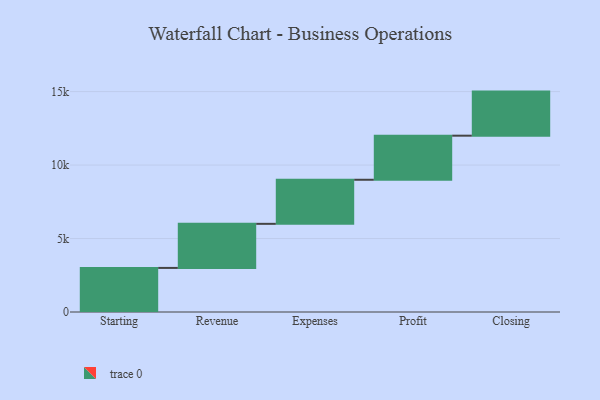
{"axis": {"x": "Step", "y": "Value"}, "legend": [""], "data": [{"x": "Starting", "y": 3000, "type": ""}, {"x": "Revenue", "y": 3000, "type": ""}, {"x": "Expenses", "y": 3000, "type": ""}, {"x": "Profit", "y": 3000, "type": ""}, {"x": "Closing", "y": 3000, "type": ""}]}